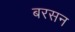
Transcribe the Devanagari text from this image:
बरसन